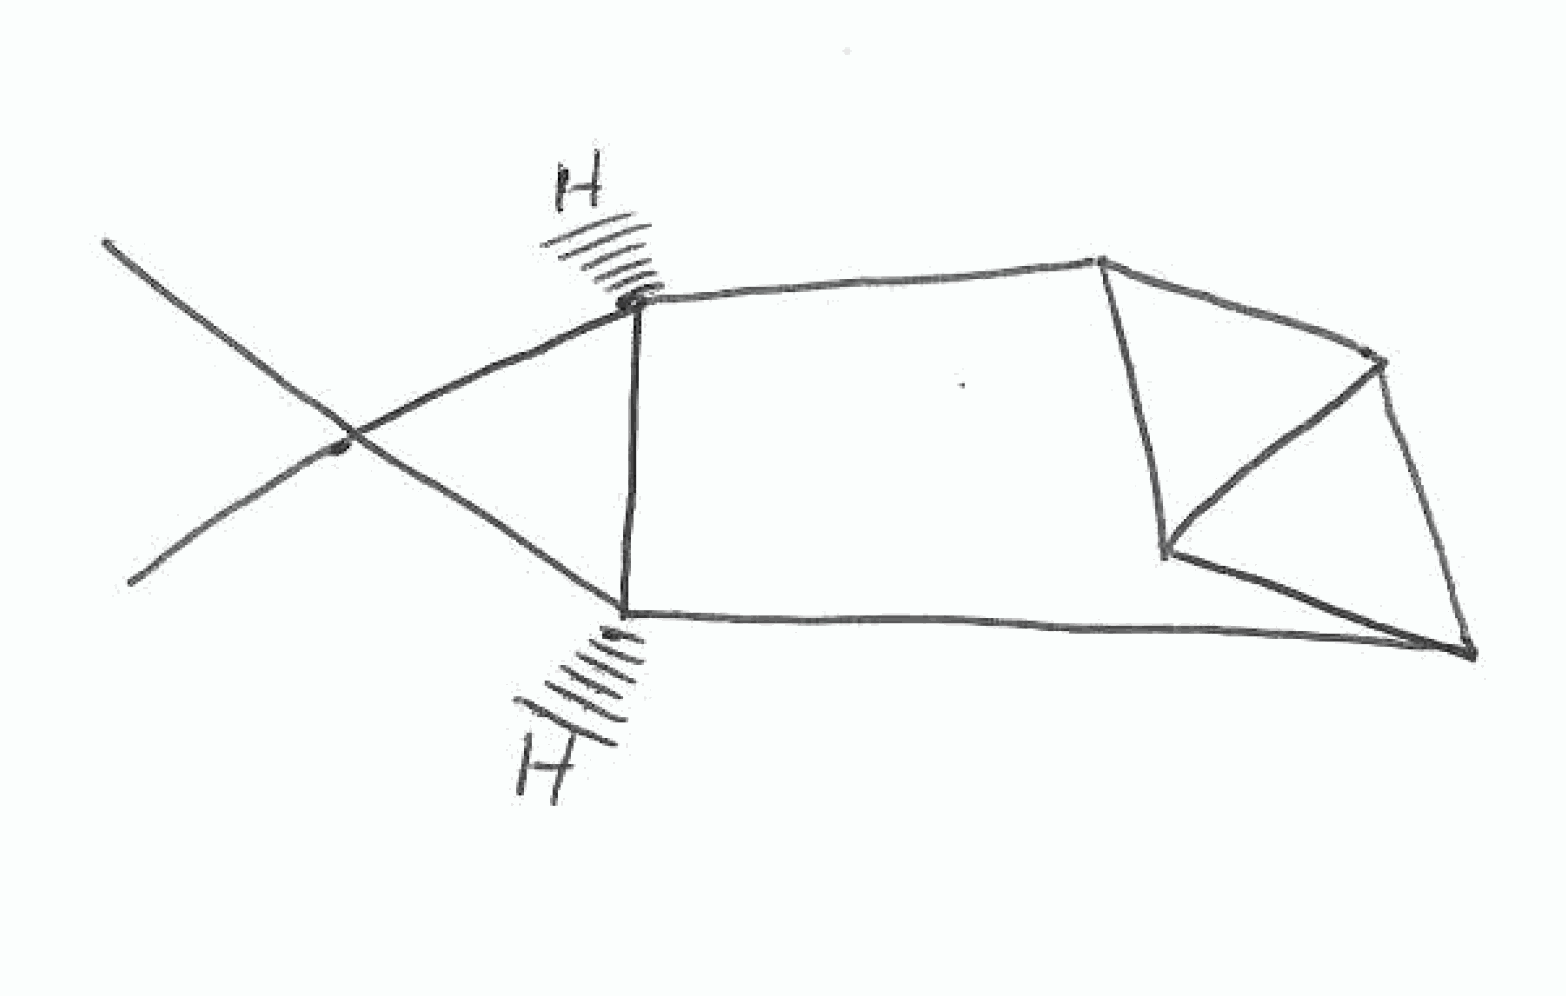
Simplified molecular-input line-entry system (SMILES) notation of the given molecule:
CC1([C@@H]2[C@H]1C3C4C2C34)C